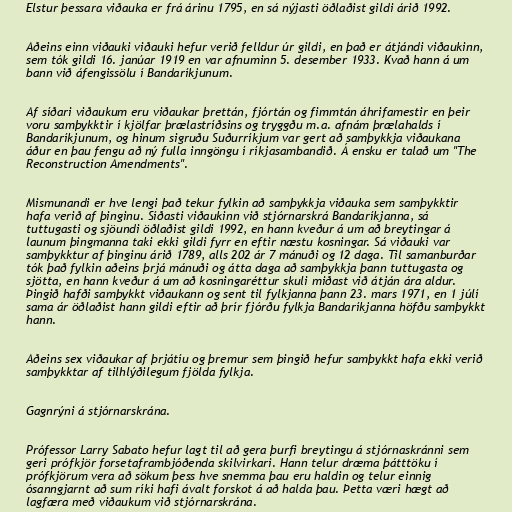
Elstur þessara viðauka er frá árinu 1795, en sá nýjasti öðlaðist gildi árið 1992.

Aðeins einn viðauki viðauki hefur verið felldur úr gildi, en það er átjándi viðaukinn,
sem tók gildi 16. janúar 1919 en var afnuminn 5. desember 1933. Kvað hann á um
bann við áfengissölu í Bandaríkjunum.

Af síðari viðaukum eru viðaukar þrettán, fjórtán og fimmtán áhrifamestir en þeir
voru samþykktir í kjölfar þrælastríðsins og tryggðu m.a. afnám þrælahalds í
Bandaríkjunum, og hinum sigruðu Suðurríkjum var gert að samþykkja viðaukana
áður en þau fengu að ný fulla inngöngu í ríkjasambandið. Á ensku er talað um "The
Reconstruction Amendments".

Mismunandi er hve lengi það tekur fylkin að samþykkja viðauka sem samþykktir
hafa verið af þinginu. Síðasti viðaukinn við stjórnarskrá Bandaríkjanna, sá
tuttugasti og sjöundi öðlaðist gildi 1992, en hann kveður á um að breytingar á
launum þingmanna taki ekki gildi fyrr en eftir næstu kosningar. Sá viðauki var
samþykktur af þinginu árið 1789, alls 202 ár 7 mánuði og 12 daga. Til samanburðar
tók það fylkin aðeins þrjá mánuði og átta daga að samþykkja þann tuttugasta og
sjötta, en hann kveður á um að kosningaréttur skuli miðast við átján ára aldur.
Þingið hafði samþykkt viðaukann og sent til fylkjanna þann 23. mars 1971, en 1 júlí
sama ár öðlaðist hann gildi eftir að þrír fjórðu fylkja Bandaríkjanna höfðu samþykkt
hann.

Aðeins sex viðaukar af þrjátíu og þremur sem þingið hefur samþykkt hafa ekki verið
samþykktar af tilhlýðilegum fjölda fylkja.

Gagnrýni á stjórnarskrána.

Prófessor Larry Sabato hefur lagt til að gera þurfi breytingu á stjórnaskránni sem
geri prófkjör forsetaframbjóðenda skilvirkari. Hann telur dræma þátttöku í
prófkjörum vera að sökum þess hve snemma þau eru haldin og telur einnig
ósanngjarnt að sum ríki hafi ávalt forskot á að halda þau. Þetta væri hægt að
lagfæra með viðaukum við stjórnarskrána.